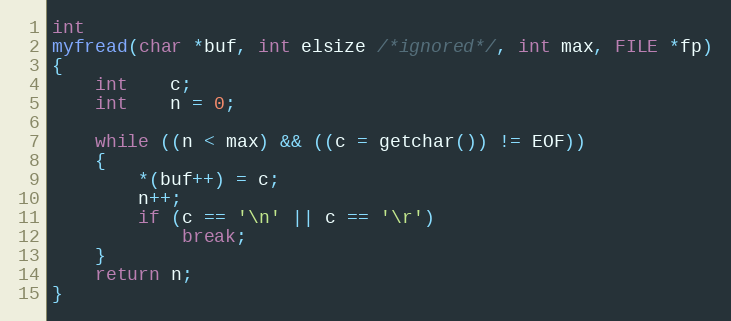
Language: C
int
myfread(char *buf, int elsize /*ignored*/, int max, FILE *fp)
{
	int	c;
	int	n = 0;

	while ((n < max) && ((c = getchar()) != EOF))
	{
		*(buf++) = c;
		n++;
		if (c == '\n' || c == '\r')
			break;
	}
	return n;
}